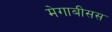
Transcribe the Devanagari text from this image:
मेगाबीसस